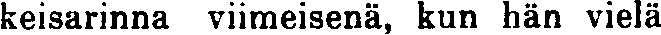
keisarinna viimeisenä, kun hän vielä